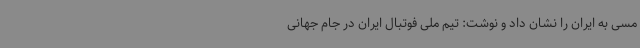
مسی به ایران را نشان داد و نوشت: تیم ملی فوتبال ایران در جام جهانی